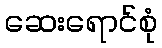
ဆေးရောင်စုံ